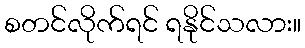
စတင်လိုက်ရင် ရနိုင်သလား။